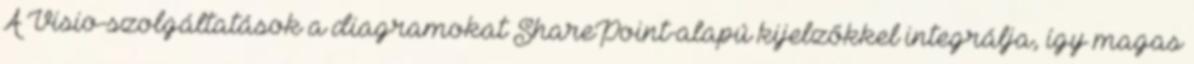
A Visio-szolgáltatások a diagramokat SharePoint-alapú kijelzőkkel integrálja, így magas